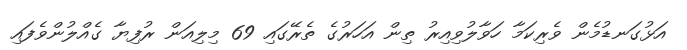
އަޅުގަނޑުމެން ވެރިކަމާ ހަވާލުވިއިރު ތިން އަހަރުގެ ތެރޭގައި 69 މިލިއަން ރުފިޔާ ގެއްލުންވެފައި